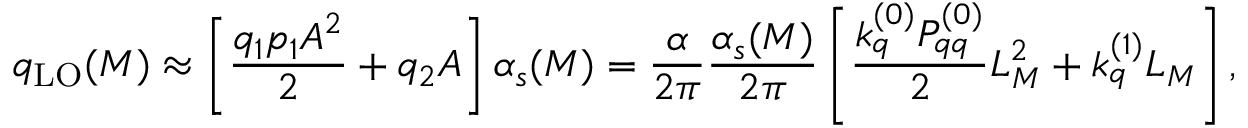
q _ { \mathrm { L O } } ( M ) \approx \left[ \frac { q _ { 1 } p _ { 1 } A ^ { 2 } } { 2 } + q _ { 2 } A \right] \alpha _ { s } ( M ) = \frac { \alpha } { 2 \pi } \frac { \alpha _ { s } ( M ) } { 2 \pi } \left[ \frac { k _ { q } ^ { ( 0 ) } P _ { q q } ^ { ( 0 ) } } { 2 } L _ { M } ^ { 2 } + k _ { q } ^ { ( 1 ) } L _ { M } \right] ,